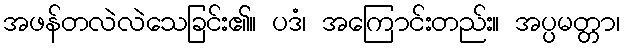
အဖန်တလဲလဲသေခြင်း၏။ ပဒံ၊ အကြောင်းတည်း။ အပ္ပမတ္တာ၊